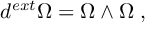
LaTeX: d ^ { e x t } \Omega = \Omega \wedge \Omega \; ,